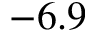
- 6 . 9